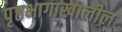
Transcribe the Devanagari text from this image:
पृष्ठभागाखालील